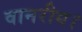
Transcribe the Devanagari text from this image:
वानरीय।